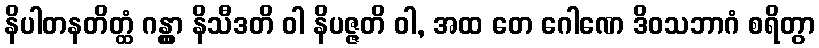
နိပါတနတိတ္ထံ ဂန္တွာ နိသီဒတိ ဝါ နိပဇ္ဇတိ ဝါ, အထ တေ ဂေါဏေ ဒိဝသဘာဂံ စရိတွာ